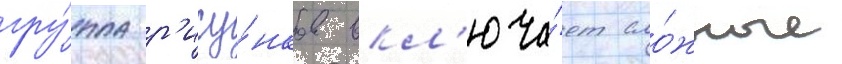
гру́ппа р'ису́нков вкл'юча́ет сло́жные